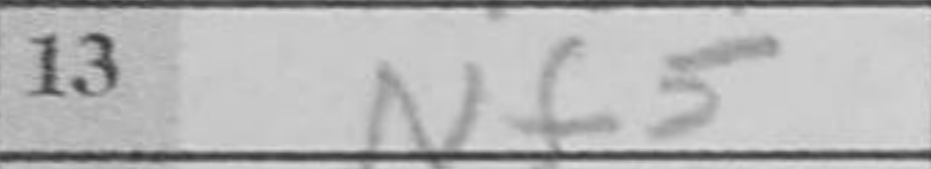
Transcription: Nf5